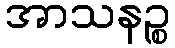
အာသနဉ္စ